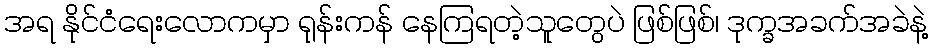
အရ နိုင်ငံရေးလောကမှာ ရုန်းကန် နေကြရတဲ့သူတွေပဲ ဖြစ်ဖြစ်၊ ဒုက္ခအခက်အခဲနဲ့